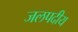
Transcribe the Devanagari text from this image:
जलपदीय